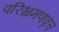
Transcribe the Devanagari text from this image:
परिभ्रमणवृत्त